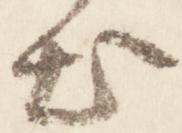
出